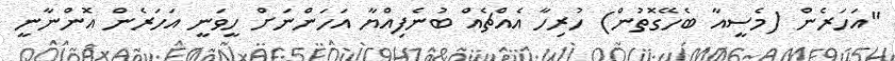
"އަހަރެން (މެސީއާ ބެހޭގޮތުން) ހުރިހާ އެއްޗެއް ބުނެފިއްޔާ އަހަންނަށް ހީވަނީ އަހަރެން އޮންނާނީ